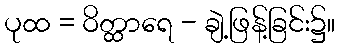
ပုထ = ဝိတ္ထာရေ - ချဲ့ဖြန့်ခြင်း၌။